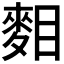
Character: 𪌔